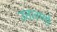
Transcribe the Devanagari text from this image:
उत्तारणो